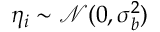
\eta _ { i } \sim \mathcal { N } ( 0 , \sigma _ { b } ^ { 2 } )